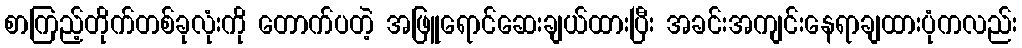
စာကြည့်တိုက်တစ်ခုလုံးကို တောက်ပတဲ့ အဖြူရောင်ဆေးချယ်ထားပြီး အခင်းအကျင်းနေရာချထားပုံကလည်း